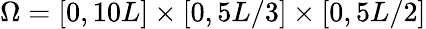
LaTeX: \Omega=[0,10L]\times[0,5L/3]\times[0,5L/2]